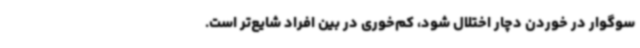
سوگوار در خوردن دچار اختلال شود، کم‌خوری در بین افراد شایع‌تر است.